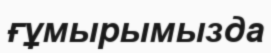
ғұмырымызда